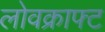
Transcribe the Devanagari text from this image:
लोवक्राफ्ट